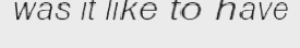
was it like to have